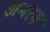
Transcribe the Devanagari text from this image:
अमरम